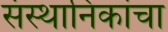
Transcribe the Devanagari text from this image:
संस्थानिकांचा